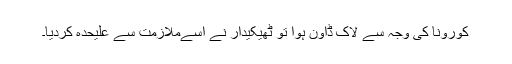
کورونا کی وجہ سے لاک ڈاؤن ہوا تو ٹھیکیدار نے اسےملازمت سے علیحدہ کردیا۔